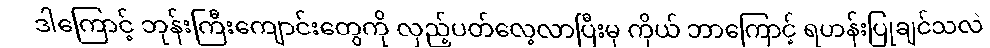
ဒါကြောင့် ဘုန်းကြီးကျောင်းတွေကို လှည့်ပတ်လေ့လာပြီးမှ ကိုယ် ဘာကြောင့် ရဟန်းပြုချင်သလဲ